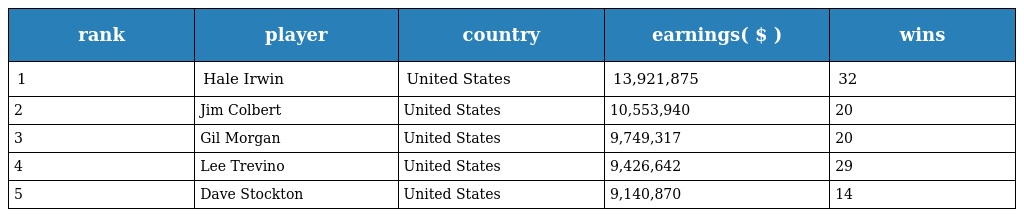
| rank | player | country | earnings( $ ) | wins |
 | --- | --- | --- | --- | --- |
 | 1 | Hale Irwin | United States | 13,921,875 | 32 |
 | 2 | Jim Colbert | United States | 10,553,940 | 20 |
 | 3 | Gil Morgan | United States | 9,749,317 | 20 |
 | 4 | Lee Trevino | United States | 9,426,642 | 29 |
 | 5 | Dave Stockton | United States | 9,140,870 | 14 |